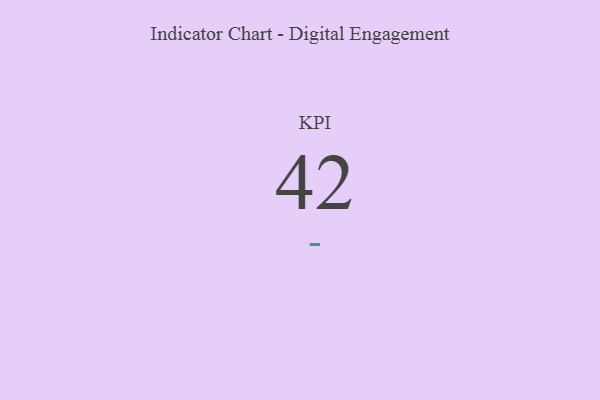
{"axis": {"x": "KPI", "y": "Value"}, "legend": [""], "data": [{"x": "KPI", "y": 42, "type": ""}]}